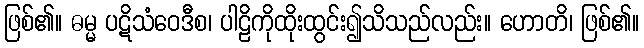
ဖြစ်၏။ ဓမ္မ ပဋိသံဝေဒီစ၊ ပါဠိကိုထိုးထွင်း၍သိသည်လည်း။ ဟောတိ၊ ဖြစ်၏။